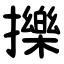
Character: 擽